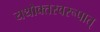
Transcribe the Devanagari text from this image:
यथोक्तस्वरूपात्‌